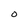
Character: O